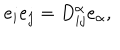
LaTeX: e _ { i } e _ { j } = D _ { i j } ^ { \alpha } e _ { \alpha } ,